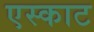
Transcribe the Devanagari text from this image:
एस्काट